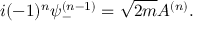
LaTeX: i ( - 1 ) ^ { n } \psi _ { - } ^ { ( n - 1 ) } = \sqrt { 2 m } A ^ { ( n ) } .